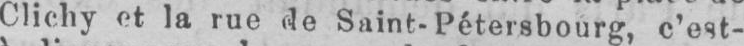
Clichy et la rue de Saint-Petersbourg, c’est-